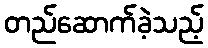
တည်ဆောက်ခဲ့သည့်